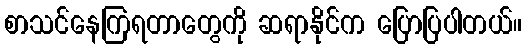
စာသင်နေကြရတာတွေကို ဆရာနိုင်က ပြောပြပါတယ်။